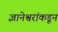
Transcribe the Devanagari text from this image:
ज्ञानेश्वरांकडून